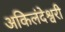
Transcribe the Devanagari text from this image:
अकिलंदेश्वरी